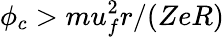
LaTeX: \phi_{c}>mu_{f}^{2}r/(ZeR)